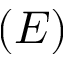
( E )